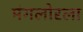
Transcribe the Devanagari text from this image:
मंगलोरला